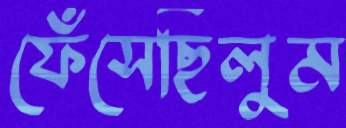
ফেঁসেছিলুম